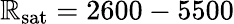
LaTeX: \mathbb{R}_{\textrm{{sat}}}=2600-5500